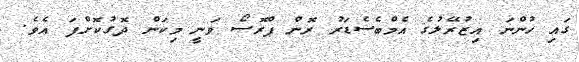
ގައި ހުންނަ އިޒުރޭލުގެ އެމްބެސެޑަރު ރޮން ޕްރޮސޯ ވަނީ މިކަން ދޮގުކޮށްފަ އެވެ.